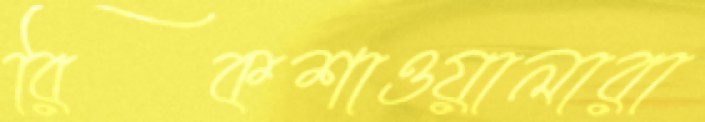
রিকশাওয়ালারা